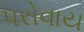
પરોવાય